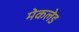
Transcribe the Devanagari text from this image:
मेकलेड